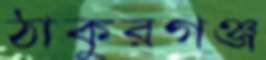
ঠাকুরগঞ্জ